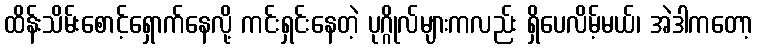
ထိန်းသိမ်းစောင့်ရှောက်နေလို့ ကင်းရှင်းနေတဲ့ ပုဂ္ဂိုလ်များကလည်း ရှိပေလိမ့်မယ်၊ အဲဒါကတော့